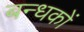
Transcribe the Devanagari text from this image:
बन्धकों